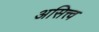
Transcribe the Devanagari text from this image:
असित्त्व